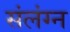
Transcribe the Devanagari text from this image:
संलंग्न